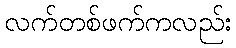
လက်တစ်ဖက်ကလည်း